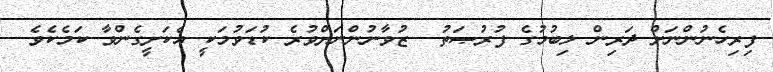
ފިރިހެނުންނަށް ދަރިން ލިބުމުގެ ފުރުޞަތު  ޒުވާނުންނަށްވުރެ ކުޑަވުމަކީ އެކަށީގެންވާ ކަމެކެވެ.